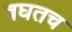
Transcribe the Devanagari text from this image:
बघतच